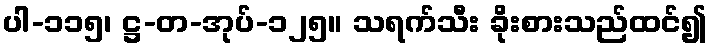
ပါ-၁၁၅၊ ဋ္ဌ-တ-အုပ်-၁၂၅။ သရက်သီး ခိုးစားသည်ထင်၍